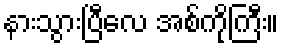
နားသွားပြီလေ အစ်ကိုကြီး။